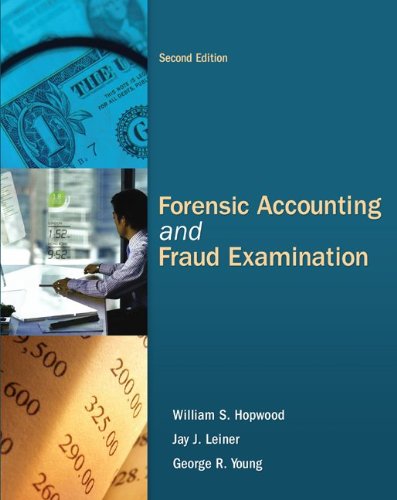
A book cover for Forensic Accounting and Fraud Examination; William Hopwood; Business & Money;